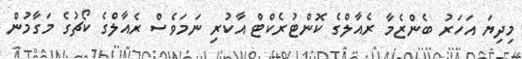
މިދިޔަ އަހަރު ބެންޒެމާ ރެއާލްގެ ކޮންޓުރެކްޓް އާކުރި ނަމަވެސް ރެއާލްގެ ކޯޗުގެ މަގާމުން